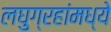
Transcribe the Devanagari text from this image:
लघुग्रहांमध्ये